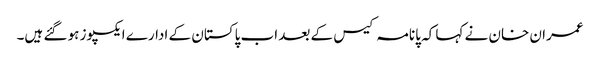
عمران خان نے کہا کہ پانامہ کیس کے بعد اب پاکستان کے ادارے ایکسپوز ہو گئے ہیں۔